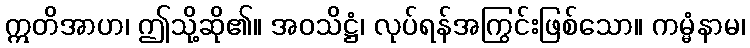
ဣတိအာဟ၊ ဤသို့ဆို၏။ အဝသိဋ္ဌံ၊ လုပ်ရန်အကြွင်းဖြစ်သော။ ကမ္မံနာမ၊